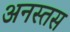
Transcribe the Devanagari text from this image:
अनस्तस